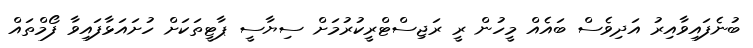
ބުނެފައިވާއިރު އަދިވެސް ބައެއް މީހުން ރީ ރަޖިސްޓްރީކުރުމަށް ސިޔާސީ ޕާޓީތަކަށް ހުށައަޅާފައިވާ ފޯމްތައް